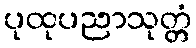
ပုထုပညာသုတ္တံ